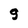
Character: 9